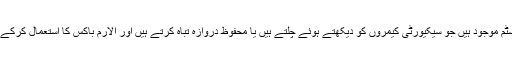
تمام مقامات پر الارم سسٹم موجود ہیں جو سیکیورٹی کیمروں کو دیکھتے ہوئے چلتے ہیں یا محفوظ دروازہ تباہ کرتے ہیں اور الارم باکس کا استعمال کرکے غیر فعال ہوسکتے ہیں۔